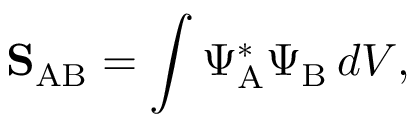
\mathbf { S } _ { \mathrm { A B } } = \int \Psi _ { \mathrm { A } } ^ { * } \Psi _ { \mathrm { B } } \, d V ,